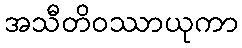
အသီတိဝဿာယုကာ